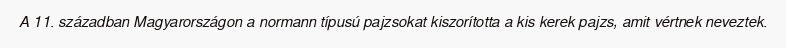
A 11. században Magyarországon a normann típusú pajzsokat kiszorította a kis kerek pajzs, amit vértnek neveztek.